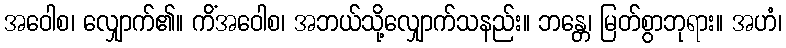
အဝေါစ၊ လျှောက်၏။ ကိံအဝေါစ၊ အဘယ်သို့လျှောက်သနည်း။ ဘန္တေ၊ မြတ်စွာဘုရား။ အဟံ၊